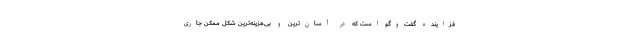
فزاینده گفت‌و‌گو است که در آسان‌ترین و بی‌هزینه‌ترین شکل ممکن جاری